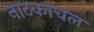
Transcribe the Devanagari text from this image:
नाटकाचल